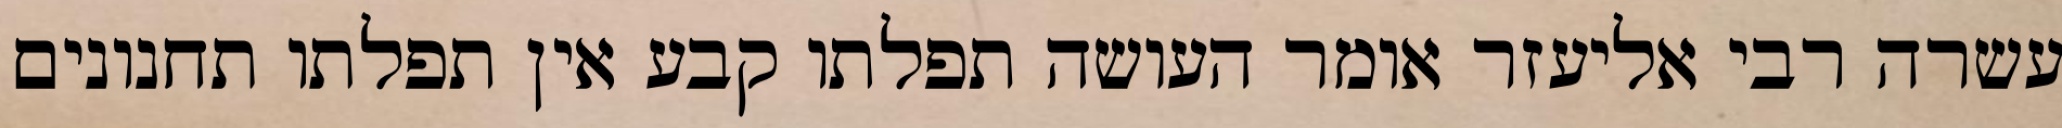
עשרה רבי אליעזר אומר העושה תפלתו קבע אין תפלתו תחנונים